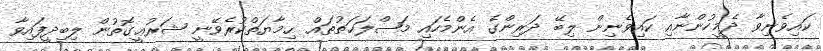
ކައިވެނިވާ ދެމީހުންނާއި ކައިވެނިން ލިބޭ ދަރިންގެ އެންމެހައި މަޞްލަޙަތުތައް ޙިމާޔަތްކުރެވޭނީ ޝަރުޢީގޮތުން ލިބިދީފައިވާ